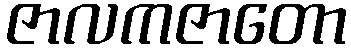
ဇာလကဇာတော